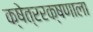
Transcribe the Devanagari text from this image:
क्षेत्ररक्षणाला